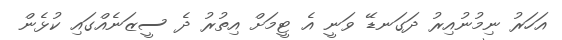
އަހަރު ނިމުނުއިރު ދަގަނޑޭ ވަނީ އެ ޓީމަށް އިތުރު ދެ ސީޒަނެއްގައި ކުޅެން